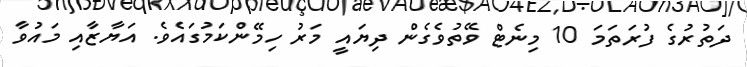
ދަތުރުގެ ފުރަތަމަ 10 މިނެޓް ވޭތުވެގެން ދިޔައީ މަރު ހިމޭންކަމުގައެވެ. އަޔާޒާއި މައުވާ